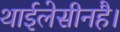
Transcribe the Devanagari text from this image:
थाईलेसीनहै।